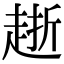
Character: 𧻸